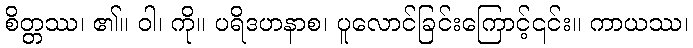
စိတ္တဿ၊ ၏။ ဝါ၊ ကို။ ပရိဒဟနာစ၊ ပူလောင်ခြင်းကြောင့်၎င်း။ ကာယဿ၊